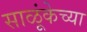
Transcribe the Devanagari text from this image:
साळूंकेच्या